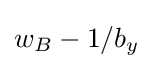
w_{B}-1/b_{y}